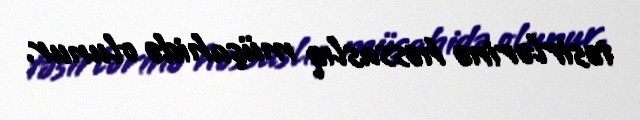
təsirlərinə həssaslıq müşahidə olunur.